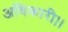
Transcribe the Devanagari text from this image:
अधिकारी।।